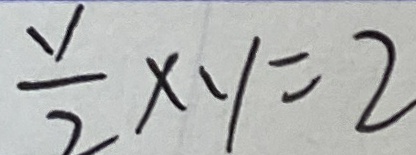
\frac { v } { 2 } \times y = 2